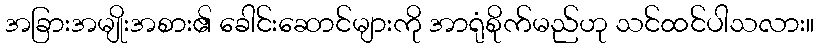
အခြားအမျိုးအစား၏ ခေါင်းဆောင်များကို အာရုံစိုက်မည်ဟု သင်ထင်ပါသလား။